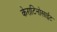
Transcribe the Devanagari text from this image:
केराटिनोसाईट